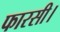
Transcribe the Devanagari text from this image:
फारसी।